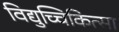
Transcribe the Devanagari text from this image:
विद्युच्चिकित्सा